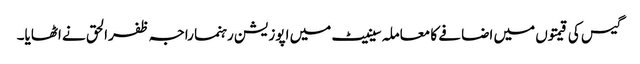
گیس کی قیمتوں میں اضافے کا معاملہ سینیٹ میں اپوزیشن رہنما راجہ ظفرالحق نے اٹھایا۔